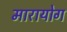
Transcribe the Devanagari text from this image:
मारायोग